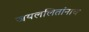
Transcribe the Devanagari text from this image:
जयललितांनाच